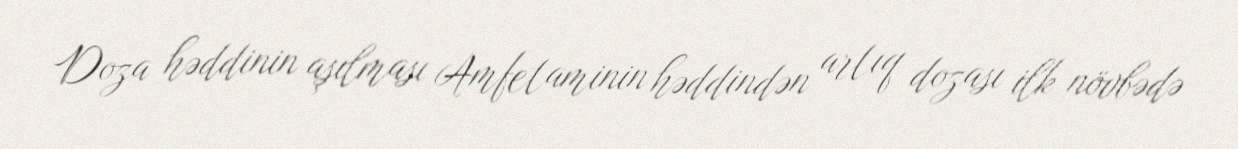
Doza həddinin aşılması Amfetaminin həddindən artıq dozası ilk növbədə